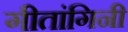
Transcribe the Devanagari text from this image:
गीतांगिनी